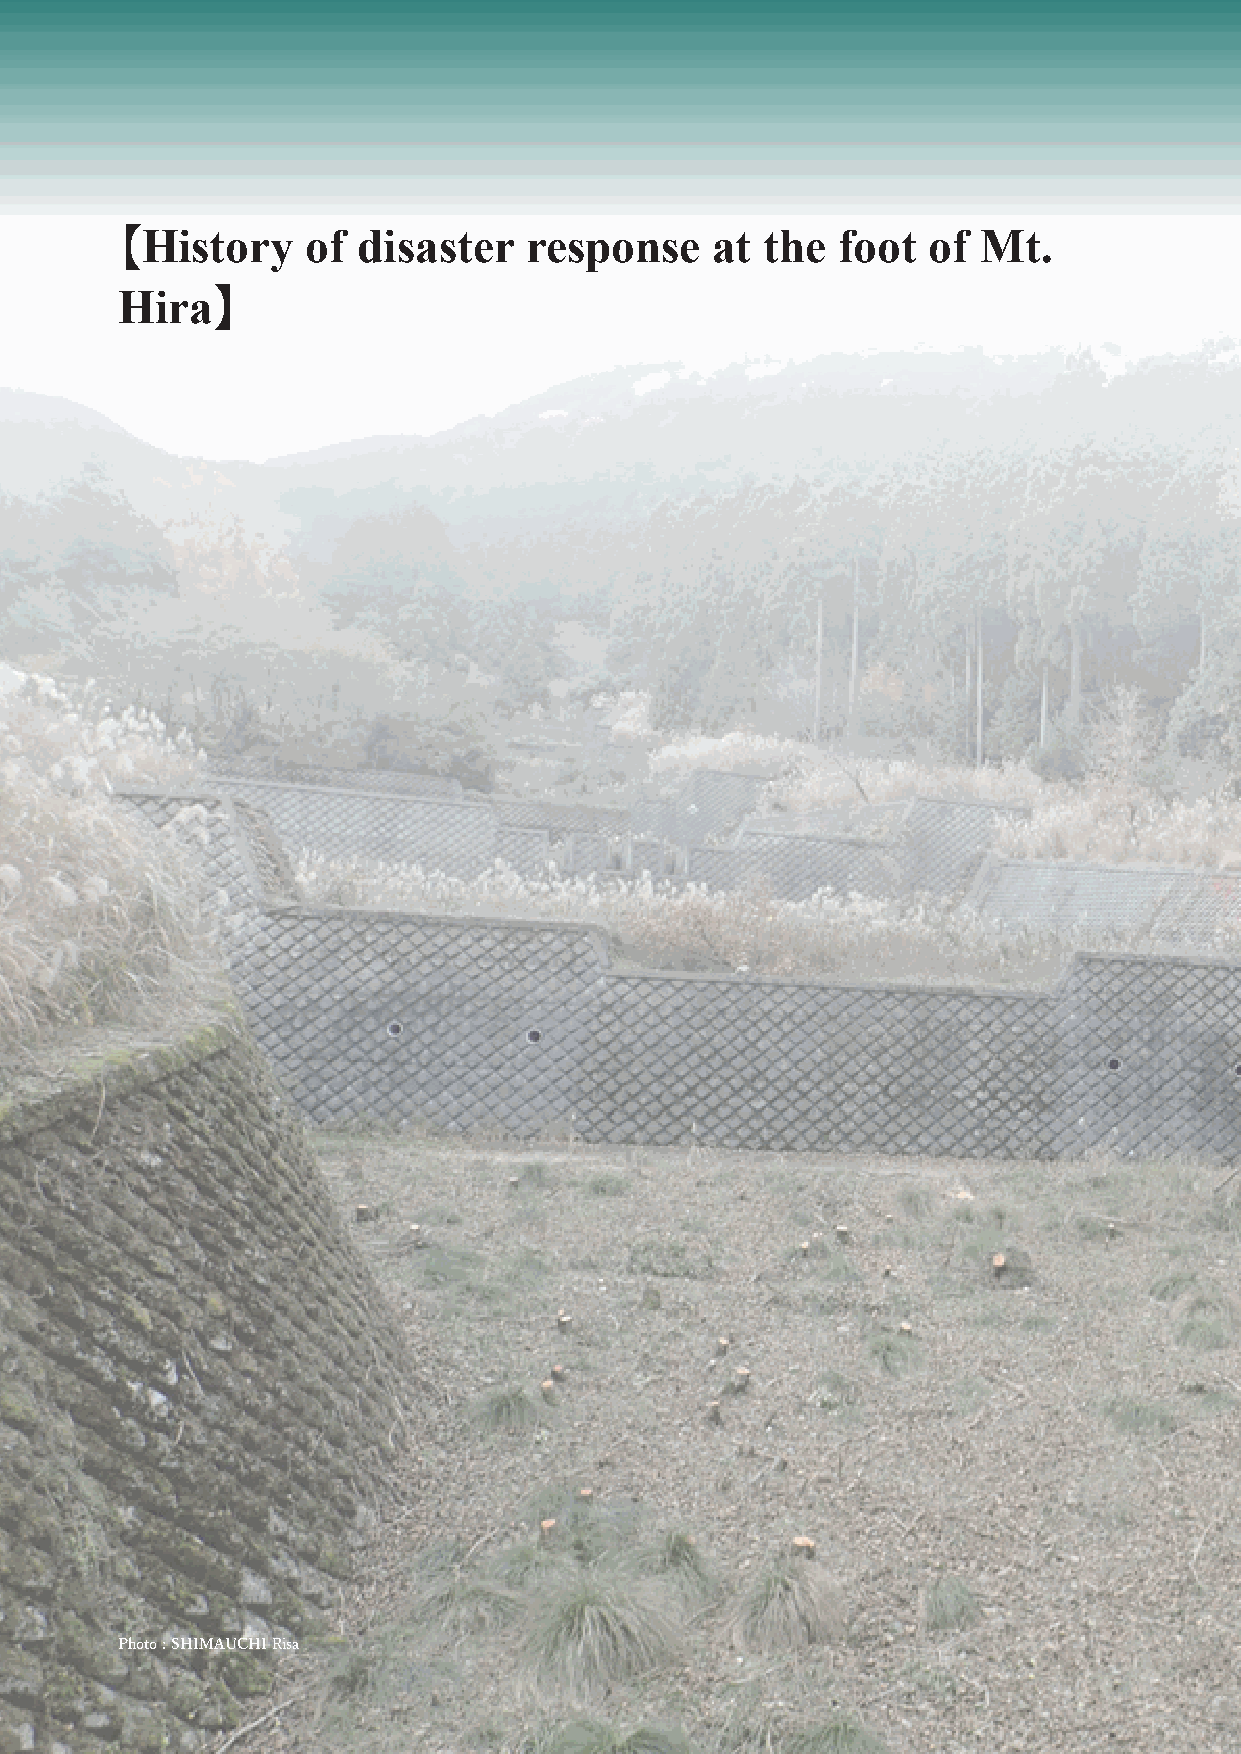
History    of  disaster   response    at  the foot  of  Mt.
 【
 Hira
 】
 Photo : SHIMAUCHI Risa
 英英語語版版��ーー��2200221100331100..iinndddd 5566--5577                                                                                                           22002211//0033//1155 66::4499